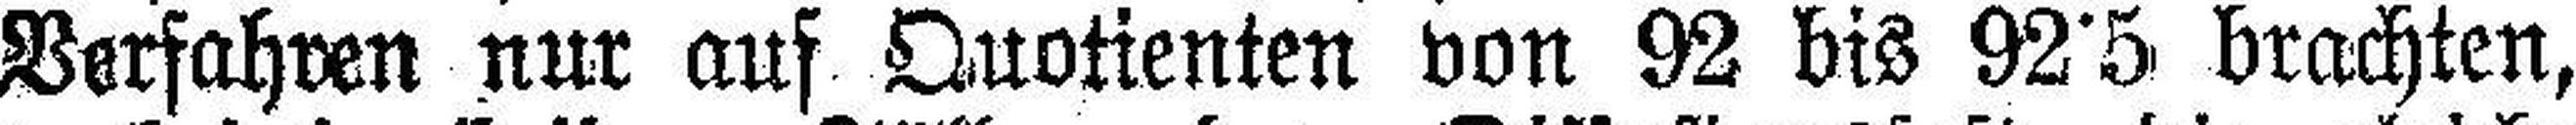
Verfahren nur auf Quotienten von 92 bis 92°5 brachten,